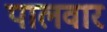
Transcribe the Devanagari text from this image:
पालवार